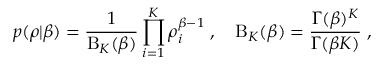
{ p } ( \boldsymbol { \rho } | \beta ) = \frac { 1 } { \mathrm { B } _ { K } ( \beta ) } \prod _ { i = 1 } ^ { K } \rho _ { i } ^ { \beta - 1 } \; , \quad \mathrm { B } _ { K } ( \beta ) = \frac { \Gamma ( \beta ) ^ { K } } { \Gamma ( \beta K ) } \; ,